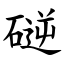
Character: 磀